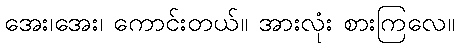
အေး၊အေး၊ ကောင်းတယ်။ အားလုံး စားကြလေ။